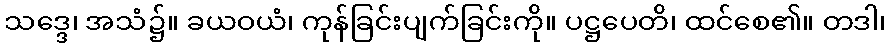
သဒ္ဒေ၊ အသံ၌။ ခယဝယံ၊ ကုန်ခြင်းပျက်ခြင်းကို။ ပဋ္ဌပေတိ၊ ထင်စေ၏။ တဒါ၊